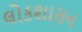
લોકશાસન